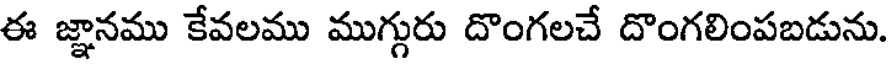
ఈ జ్ఞానము కేవలము ముగ్గురు దొంగలచే దొంగలింపబడును.